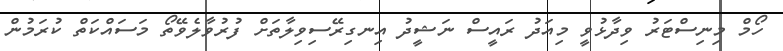
ހޯމް މިނިސްޓަރު ވިދާޅުވީ މިއަދު ރައީސް ނަޝީދު އިނގިރޭސިވިލާތަށް ފުރުވާލެވޭތޯ މަސައްކަތް ކުރަމުން